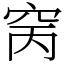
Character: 窉